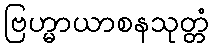
ဗြဟ္မာယာစနသုတ္တံ